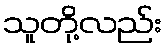
သူတို့လည်း